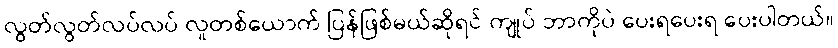
လွတ်လွတ်လပ်လပ် လူတစ်ယောက် ပြန်ဖြစ်မယ်ဆိုရင် ကျုပ် ဘာကိုပဲ ပေးရပေးရ ပေးပါတယ်။